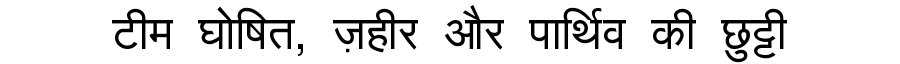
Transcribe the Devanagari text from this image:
टीम घोषित, ज़हीर और पार्थिव की छुट्टी